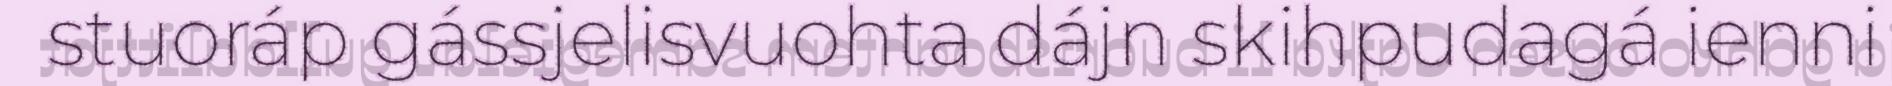
stuoráp gássjelisvuohta dájn skihpudagá ienni